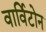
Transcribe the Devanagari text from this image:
वार्विटोन